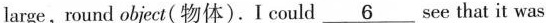
large,round object(物体). I could \underline{6} see that it was